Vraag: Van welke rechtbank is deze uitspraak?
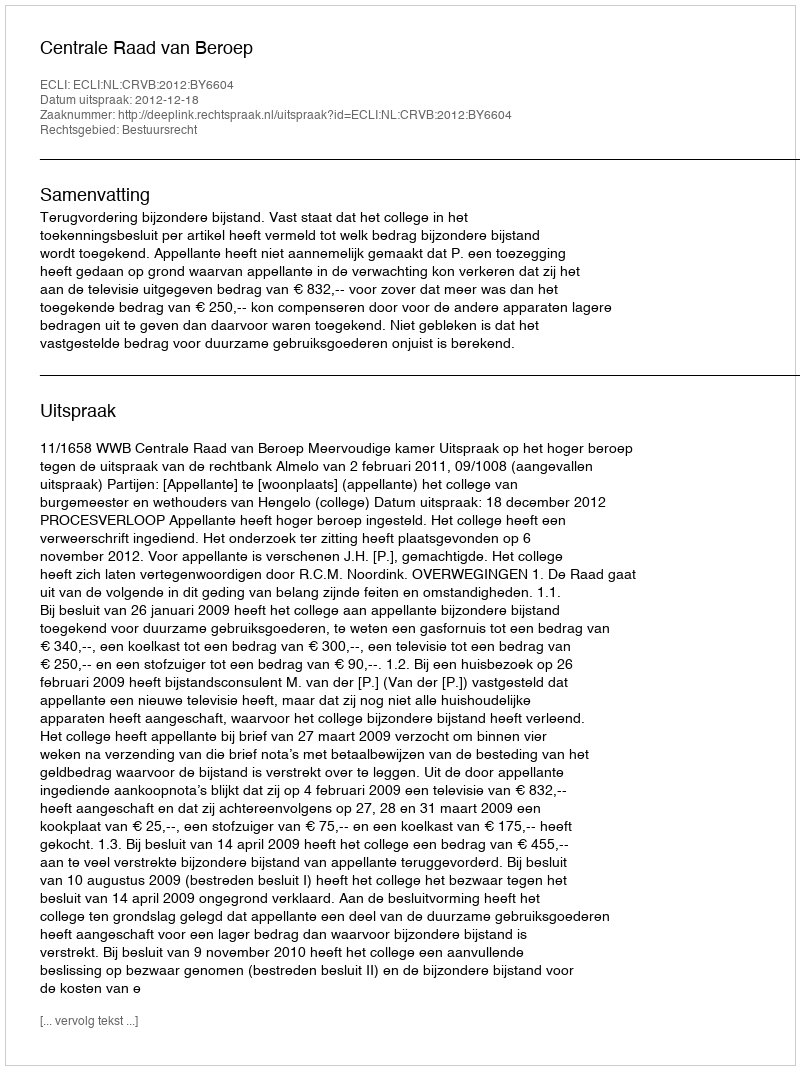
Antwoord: Centrale Raad van Beroep